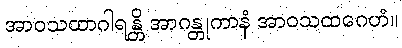
အာဝသထာဂါရန္တိ အာဂန္တုကာနံ အာဝသထဂေဟံ။